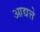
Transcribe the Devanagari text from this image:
आद्यत्ते